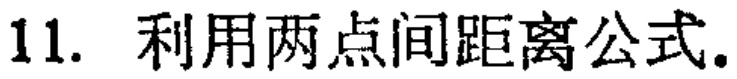
11. 利用两点间距离公式.